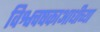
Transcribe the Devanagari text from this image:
विश्वचषकाआधीच्या